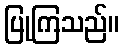
ပြုကြသည်။